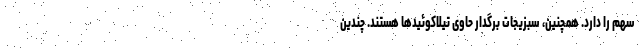
سهم را دارد. همچنین، سبزیجات برگدار حاوی تیلاکوئیدها هستند. چندین